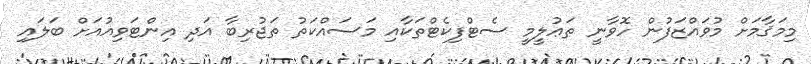
މިމަޤާމަށް މުވައްްޒަފުން ހޮވާނީ ތަޢުލީމީ ސެޓްފިކެޓްތަކާއި މަސައްކަތު ތަޖުރިބާ އަދި އިންޓަވިއުއަށް ބަލައިި